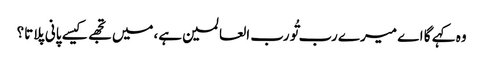
وہ کہے گا اے میرے رب تُو رب العالمین ہے،میں تجھے کیسے پانی پلاتا؟